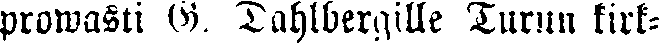
prowasti G. Dahlbergille Turun kirk-